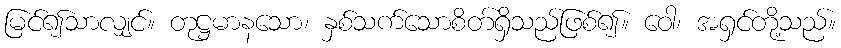
မြင်၍သာလျှင်။ တုဋ္ဌမာနသော၊ နှစ်သက်သောစိတ်ရှိသည်ဖြစ်၍။ ဝေါ၊ အရှင်တို့သည်။